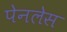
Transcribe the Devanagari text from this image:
पेनलेस